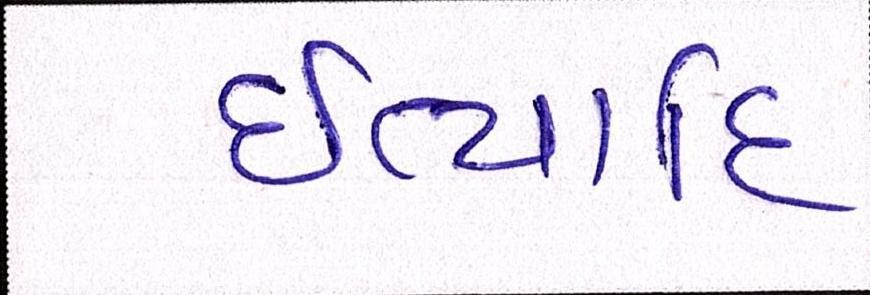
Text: ઈત્યાદિ